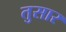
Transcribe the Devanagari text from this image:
तुसार